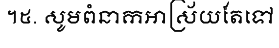
។៥. សូមពំនាកអាស្រ័យតែទៅ